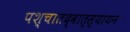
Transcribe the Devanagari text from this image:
पश्चातद्वात्स्यायन